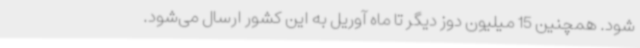
شود. همچنین 15 میلیون دوز دیگر تا ماه آوریل به این کشور ارسال می‌شود.